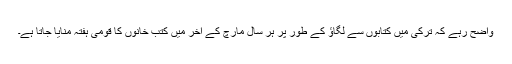
واضح رہے کہ ترکی میں کتابوں سے لگاؤ کے طور پر ہر سال مارچ کے آخر میں کتب خانوں کا قومی ہفتہ منایا جاتا ہے۔